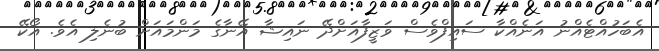
އެބަހުއްޓެއްނު އަނެއްކާ ސައިފްވެސް ވަޒީފާއަށްދޭ ނައިޝާ އޭނާގެ މަންމައަށް ބުނެލި އެވެ. އޯކޭ